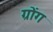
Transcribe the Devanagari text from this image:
ग्रोंग